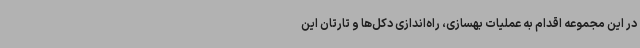
در این مجموعه اقدام به عملیات بهسازی، راه‌اندازی دکل‌ها و تارتان این